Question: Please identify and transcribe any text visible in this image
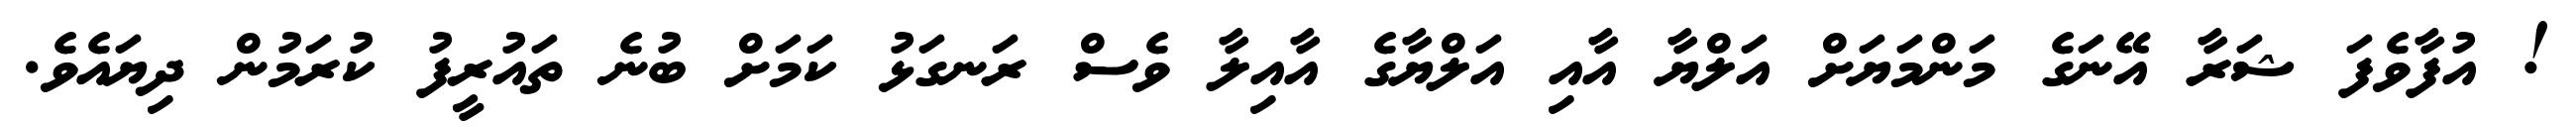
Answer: ! އުފާވެފަ ޝަރާ އޭނަގެ މަންމަޔަށް އަލްޔާ އާއި އަލްޔާގެ އާއިލާ ވެސް ރަނގަޅު ކަމަށް ބުނެ ތައުރީފު ކުރަމުން ދިޔައެވެ.